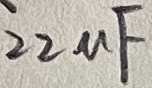
Text: 22uF